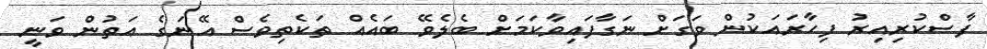
ފާސްކުރިއިރު ފިހާރައަކުން ވަގަށް ނަގާފައިވާކަމަށް ބެލެވޭ ބައެއް ތަކެތިވެސް އޭނަގެ އަތުން ވަނީ